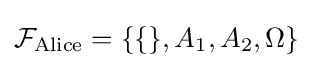
{\mathcal {F}}_{\text{Alice}}=\{\{\},A_{1},A_{2},\Omega \}